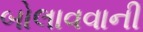
બોલાવવાની